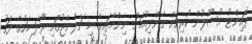
ޕޮއިންޓު އުސޫލުން ކުރިއަށް ގެންދިއުމަށް ނިންމާފައިވާ މި ޗެލެންޖުގައި ރޯދަ މަހުގެ ފަހު